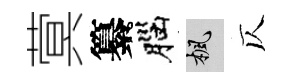
蓂纂腦楓仄